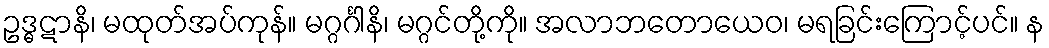
ဥဒ္ဓဋာနိ၊ မထုတ်အပ်ကုန်။ မဂ္ဂင်္ဂါနိ၊ မဂ္ဂင်တို့ကို။ အလာဘတောယေဝ၊ မရခြင်းကြောင့်ပင်။ န